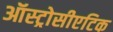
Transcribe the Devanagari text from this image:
ऑस्ट्रोसीएटिक